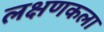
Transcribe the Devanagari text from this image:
लक्षणकला